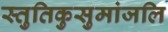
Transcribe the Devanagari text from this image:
स्तुतिकुसुमांजलि